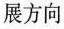
展方向